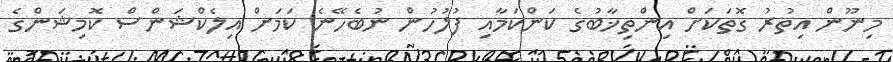
މިނޫން އިތުރު ގޮތަކަށް އިންތިޚާބުގެ ކަންކަމާއި ފުލުހުން ނުބެހޭނެ ކަމަށް އިލެކްޝަންސް ކޮމިޝަންގެ